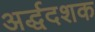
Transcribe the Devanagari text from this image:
अर्द्धदशक